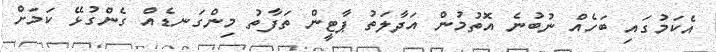
އެކަމުގައި ބަހެއް ނުބުނެ އޮތުމުން އަދާލަތު ޕާޓީން ތަފާތު މިންގަނޑެއް ގެންގުޅޭ ކަމަށް